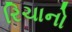
રિચાનો